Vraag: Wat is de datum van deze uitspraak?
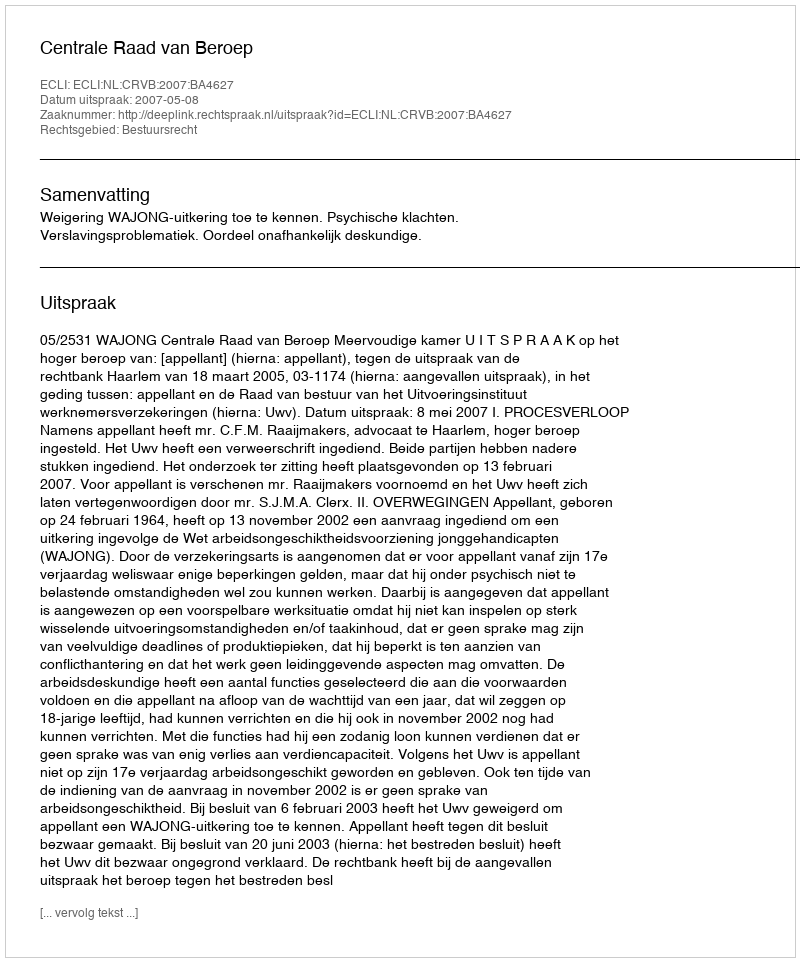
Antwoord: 2007-05-08